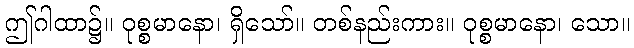
ဤဂါထာ၌။ ဝုစ္စမာနော၊ ရှိသော်။ တစ်နည်းကား။ ဝုစ္စမာနော၊ သော။